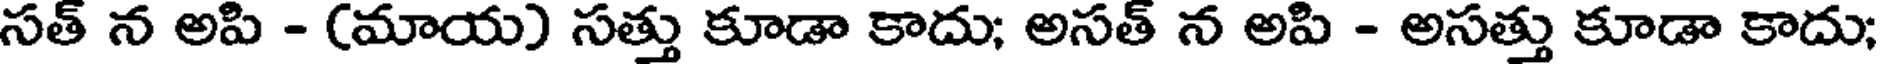
సత్ న అపి - (మాయ) సత్తు కూడా కాదు; అసత్ న అపి - అసత్తు కూడా కాదు;